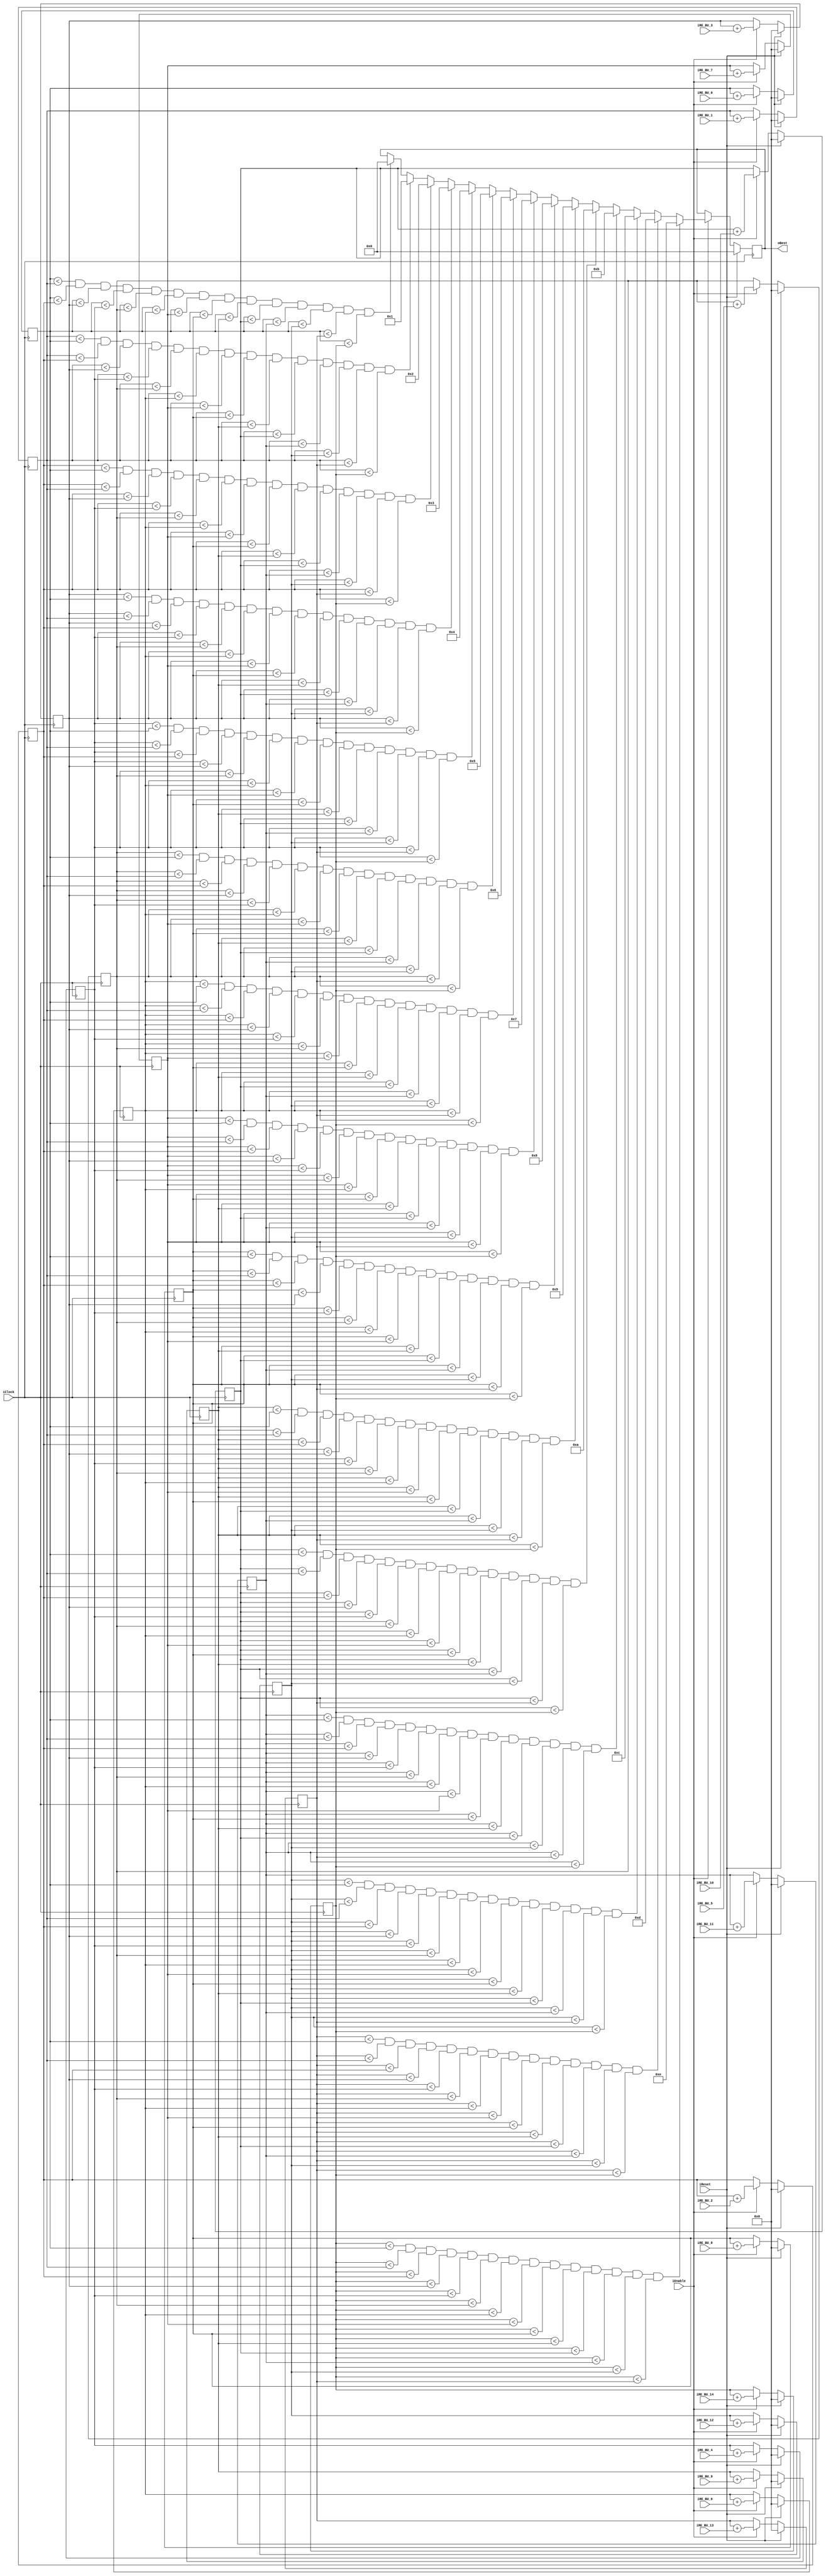
module ChooseBestRice (
    input wire iClock,
    input wire iEnable, 
    input wire iReset, 

    input wire signed [16:0] iRE_BU_0,
    input wire signed [16:0] iRE_BU_1,
    input wire signed [16:0] iRE_BU_2,
    input wire signed [16:0] iRE_BU_3,
    input wire signed [16:0] iRE_BU_4,
    input wire signed [16:0] iRE_BU_5,
    input wire signed [16:0] iRE_BU_6,
    input wire signed [16:0] iRE_BU_7,
    input wire signed [16:0] iRE_BU_8,
    input wire signed [16:0] iRE_BU_9,
    input wire signed [16:0] iRE_BU_10,
    input wire signed [16:0] iRE_BU_11,
    input wire signed [16:0] iRE_BU_12,
    input wire signed [16:0] iRE_BU_13,
    input wire signed [16:0] iRE_BU_14,
    output wire [3:0] oBest
    );

reg [3:0] best;
assign oBest = best;
reg [27:0] Total_BU_0;
reg [27:0] Total_BU_1;
reg [27:0] Total_BU_2;
reg [27:0] Total_BU_3;
reg [27:0] Total_BU_4;
reg [27:0] Total_BU_5;
reg [27:0] Total_BU_6;
reg [27:0] Total_BU_7;
reg [27:0] Total_BU_8;
reg [27:0] Total_BU_9;
reg [27:0] Total_BU_10;
reg [27:0] Total_BU_11;
reg [27:0] Total_BU_12;
reg [27:0] Total_BU_13;
reg [27:0] Total_BU_14;


always @(posedge iClock) begin
    if (iReset) begin
        best <= 0;

        Total_BU_0 <= 0;
        Total_BU_1 <= 0;
        Total_BU_2 <= 0;
        Total_BU_3 <= 0;
        Total_BU_4 <= 0;
        Total_BU_5 <= 0;
        Total_BU_6 <= 0;
        Total_BU_7 <= 0;
        Total_BU_8 <= 0;
        Total_BU_9 <= 0;
        Total_BU_10 <= 0;
        Total_BU_11 <= 0;
        Total_BU_12 <= 0;
        Total_BU_13 <= 0;
        Total_BU_14 <= 0;
   end else if (iEnable) begin
        Total_BU_0 <= Total_BU_0 + iRE_BU_0;
        Total_BU_1 <= Total_BU_1 + iRE_BU_1;
        Total_BU_2 <= Total_BU_2 + iRE_BU_2;
        Total_BU_3 <= Total_BU_3 + iRE_BU_3;
        Total_BU_4 <= Total_BU_4 + iRE_BU_4;
        Total_BU_5 <= Total_BU_5 + iRE_BU_5;
        Total_BU_6 <= Total_BU_6 + iRE_BU_6;
        Total_BU_7 <= Total_BU_7 + iRE_BU_7;
        Total_BU_8 <= Total_BU_8 + iRE_BU_8;
        Total_BU_9 <= Total_BU_9 + iRE_BU_9;
        Total_BU_10 <= Total_BU_10 + iRE_BU_10;
        Total_BU_11 <= Total_BU_11 + iRE_BU_11;
        Total_BU_12 <= Total_BU_12 + iRE_BU_12;
        Total_BU_13 <= Total_BU_13 + iRE_BU_13;
        Total_BU_14 <= Total_BU_14 + iRE_BU_14;

        /* Maybe optimize below into one comparator */

        if (
         Total_BU_0  <  Total_BU_1  &&
         Total_BU_0  <  Total_BU_2  &&
         Total_BU_0  <  Total_BU_3  &&
         Total_BU_0  <  Total_BU_4  &&
         Total_BU_0  <  Total_BU_5  &&
         Total_BU_0  <  Total_BU_6  &&
         Total_BU_0  <  Total_BU_7  &&
         Total_BU_0  <  Total_BU_8  &&
         Total_BU_0  <  Total_BU_9  &&
         Total_BU_0  <  Total_BU_10  &&
         Total_BU_0  <  Total_BU_11  &&
         Total_BU_0  <  Total_BU_12  &&
         Total_BU_0  <  Total_BU_13  &&
         Total_BU_0  <  Total_BU_14 ) best <= 4'd0;

        if (
         Total_BU_1  <  Total_BU_0  &&
         Total_BU_1  <  Total_BU_2  &&
         Total_BU_1  <  Total_BU_3  &&
         Total_BU_1  <  Total_BU_4  &&
         Total_BU_1  <  Total_BU_5  &&
         Total_BU_1  <  Total_BU_6  &&
         Total_BU_1  <  Total_BU_7  &&
         Total_BU_1  <  Total_BU_8  &&
         Total_BU_1  <  Total_BU_9  &&
         Total_BU_1  <  Total_BU_10  &&
         Total_BU_1  <  Total_BU_11  &&
         Total_BU_1  <  Total_BU_12  &&
         Total_BU_1  <  Total_BU_13  &&
         Total_BU_1  <  Total_BU_14 ) best <= 4'd1;

        if (
         Total_BU_2  <  Total_BU_0  &&
         Total_BU_2  <  Total_BU_1  &&
         Total_BU_2  <  Total_BU_3  &&
         Total_BU_2  <  Total_BU_4  &&
         Total_BU_2  <  Total_BU_5  &&
         Total_BU_2  <  Total_BU_6  &&
         Total_BU_2  <  Total_BU_7  &&
         Total_BU_2  <  Total_BU_8  &&
         Total_BU_2  <  Total_BU_9  &&
         Total_BU_2  <  Total_BU_10  &&
         Total_BU_2  <  Total_BU_11  &&
         Total_BU_2  <  Total_BU_12  &&
         Total_BU_2  <  Total_BU_13  &&
         Total_BU_2  <  Total_BU_14 ) best <= 4'd2;

        if (
         Total_BU_3  <  Total_BU_0  &&
         Total_BU_3  <  Total_BU_1  &&
         Total_BU_3  <  Total_BU_2  &&
         Total_BU_3  <  Total_BU_4  &&
         Total_BU_3  <  Total_BU_5  &&
         Total_BU_3  <  Total_BU_6  &&
         Total_BU_3  <  Total_BU_7  &&
         Total_BU_3  <  Total_BU_8  &&
         Total_BU_3  <  Total_BU_9  &&
         Total_BU_3  <  Total_BU_10  &&
         Total_BU_3  <  Total_BU_11  &&
         Total_BU_3  <  Total_BU_12  &&
         Total_BU_3  <  Total_BU_13  &&
         Total_BU_3  <  Total_BU_14 ) best <= 4'd3;

        if (
         Total_BU_4  <  Total_BU_0  &&
         Total_BU_4  <  Total_BU_1  &&
         Total_BU_4  <  Total_BU_2  &&
         Total_BU_4  <  Total_BU_3  &&
         Total_BU_4  <  Total_BU_5  &&
         Total_BU_4  <  Total_BU_6  &&
         Total_BU_4  <  Total_BU_7  &&
         Total_BU_4  <  Total_BU_8  &&
         Total_BU_4  <  Total_BU_9  &&
         Total_BU_4  <  Total_BU_10  &&
         Total_BU_4  <  Total_BU_11  &&
         Total_BU_4  <  Total_BU_12  &&
         Total_BU_4  <  Total_BU_13  &&
         Total_BU_4  <  Total_BU_14 ) best <= 4'd4;

        if (
         Total_BU_5  <  Total_BU_0  &&
         Total_BU_5  <  Total_BU_1  &&
         Total_BU_5  <  Total_BU_2  &&
         Total_BU_5  <  Total_BU_3  &&
         Total_BU_5  <  Total_BU_4  &&
         Total_BU_5  <  Total_BU_6  &&
         Total_BU_5  <  Total_BU_7  &&
         Total_BU_5  <  Total_BU_8  &&
         Total_BU_5  <  Total_BU_9  &&
         Total_BU_5  <  Total_BU_10  &&
         Total_BU_5  <  Total_BU_11  &&
         Total_BU_5  <  Total_BU_12  &&
         Total_BU_5  <  Total_BU_13  &&
         Total_BU_5  <  Total_BU_14 ) best <= 4'd5;

        if (
         Total_BU_6  <  Total_BU_0  &&
         Total_BU_6  <  Total_BU_1  &&
         Total_BU_6  <  Total_BU_2  &&
         Total_BU_6  <  Total_BU_3  &&
         Total_BU_6  <  Total_BU_4  &&
         Total_BU_6  <  Total_BU_5  &&
         Total_BU_6  <  Total_BU_7  &&
         Total_BU_6  <  Total_BU_8  &&
         Total_BU_6  <  Total_BU_9  &&
         Total_BU_6  <  Total_BU_10  &&
         Total_BU_6  <  Total_BU_11  &&
         Total_BU_6  <  Total_BU_12  &&
         Total_BU_6  <  Total_BU_13  &&
         Total_BU_6  <  Total_BU_14 ) best <= 4'd6;

        if (
         Total_BU_7  <  Total_BU_0  &&
         Total_BU_7  <  Total_BU_1  &&
         Total_BU_7  <  Total_BU_2  &&
         Total_BU_7  <  Total_BU_3  &&
         Total_BU_7  <  Total_BU_4  &&
         Total_BU_7  <  Total_BU_5  &&
         Total_BU_7  <  Total_BU_6  &&
         Total_BU_7  <  Total_BU_8  &&
         Total_BU_7  <  Total_BU_9  &&
         Total_BU_7  <  Total_BU_10  &&
         Total_BU_7  <  Total_BU_11  &&
         Total_BU_7  <  Total_BU_12  &&
         Total_BU_7  <  Total_BU_13  &&
         Total_BU_7  <  Total_BU_14 ) best <= 4'd7;

        if (
         Total_BU_8  <  Total_BU_0  &&
         Total_BU_8  <  Total_BU_1  &&
         Total_BU_8  <  Total_BU_2  &&
         Total_BU_8  <  Total_BU_3  &&
         Total_BU_8  <  Total_BU_4  &&
         Total_BU_8  <  Total_BU_5  &&
         Total_BU_8  <  Total_BU_6  &&
         Total_BU_8  <  Total_BU_7  &&
         Total_BU_8  <  Total_BU_9  &&
         Total_BU_8  <  Total_BU_10  &&
         Total_BU_8  <  Total_BU_11  &&
         Total_BU_8  <  Total_BU_12  &&
         Total_BU_8  <  Total_BU_13  &&
         Total_BU_8  <  Total_BU_14 ) best <= 4'd8;

        if (
         Total_BU_9  <  Total_BU_0  &&
         Total_BU_9  <  Total_BU_1  &&
         Total_BU_9  <  Total_BU_2  &&
         Total_BU_9  <  Total_BU_3  &&
         Total_BU_9  <  Total_BU_4  &&
         Total_BU_9  <  Total_BU_5  &&
         Total_BU_9  <  Total_BU_6  &&
         Total_BU_9  <  Total_BU_7  &&
         Total_BU_9  <  Total_BU_8  &&
         Total_BU_9  <  Total_BU_10  &&
         Total_BU_9  <  Total_BU_11  &&
         Total_BU_9  <  Total_BU_12  &&
         Total_BU_9  <  Total_BU_13  &&
         Total_BU_9  <  Total_BU_14 ) best <= 4'd9;

        if (
         Total_BU_10  <  Total_BU_0  &&
         Total_BU_10  <  Total_BU_1  &&
         Total_BU_10  <  Total_BU_2  &&
         Total_BU_10  <  Total_BU_3  &&
         Total_BU_10  <  Total_BU_4  &&
         Total_BU_10  <  Total_BU_5  &&
         Total_BU_10  <  Total_BU_6  &&
         Total_BU_10  <  Total_BU_7  &&
         Total_BU_10  <  Total_BU_8  &&
         Total_BU_10  <  Total_BU_9  &&
         Total_BU_10  <  Total_BU_11  &&
         Total_BU_10  <  Total_BU_12  &&
         Total_BU_10  <  Total_BU_13  &&
         Total_BU_10  <  Total_BU_14 ) best <= 4'd10;

        if (
         Total_BU_11  <  Total_BU_0  &&
         Total_BU_11  <  Total_BU_1  &&
         Total_BU_11  <  Total_BU_2  &&
         Total_BU_11  <  Total_BU_3  &&
         Total_BU_11  <  Total_BU_4  &&
         Total_BU_11  <  Total_BU_5  &&
         Total_BU_11  <  Total_BU_6  &&
         Total_BU_11  <  Total_BU_7  &&
         Total_BU_11  <  Total_BU_8  &&
         Total_BU_11  <  Total_BU_9  &&
         Total_BU_11  <  Total_BU_10  &&
         Total_BU_11  <  Total_BU_12  &&
         Total_BU_11  <  Total_BU_13  &&
         Total_BU_11  <  Total_BU_14 ) best <= 4'd11;

        if (
         Total_BU_12  <  Total_BU_0  &&
         Total_BU_12  <  Total_BU_1  &&
         Total_BU_12  <  Total_BU_2  &&
         Total_BU_12  <  Total_BU_3  &&
         Total_BU_12  <  Total_BU_4  &&
         Total_BU_12  <  Total_BU_5  &&
         Total_BU_12  <  Total_BU_6  &&
         Total_BU_12  <  Total_BU_7  &&
         Total_BU_12  <  Total_BU_8  &&
         Total_BU_12  <  Total_BU_9  &&
         Total_BU_12  <  Total_BU_10  &&
         Total_BU_12  <  Total_BU_11  &&
         Total_BU_12  <  Total_BU_13  &&
         Total_BU_12  <  Total_BU_14 ) best <= 4'd12;

        if (
         Total_BU_13  <  Total_BU_0  &&
         Total_BU_13  <  Total_BU_1  &&
         Total_BU_13  <  Total_BU_2  &&
         Total_BU_13  <  Total_BU_3  &&
         Total_BU_13  <  Total_BU_4  &&
         Total_BU_13  <  Total_BU_5  &&
         Total_BU_13  <  Total_BU_6  &&
         Total_BU_13  <  Total_BU_7  &&
         Total_BU_13  <  Total_BU_8  &&
         Total_BU_13  <  Total_BU_9  &&
         Total_BU_13  <  Total_BU_10  &&
         Total_BU_13  <  Total_BU_11  &&
         Total_BU_13  <  Total_BU_12  &&
         Total_BU_13  <  Total_BU_14 ) best <= 4'd13;

        if (
         Total_BU_14  <  Total_BU_0  &&
         Total_BU_14  <  Total_BU_1  &&
         Total_BU_14  <  Total_BU_2  &&
         Total_BU_14  <  Total_BU_3  &&
         Total_BU_14  <  Total_BU_4  &&
         Total_BU_14  <  Total_BU_5  &&
         Total_BU_14  <  Total_BU_6  &&
         Total_BU_14  <  Total_BU_7  &&
         Total_BU_14  <  Total_BU_8  &&
         Total_BU_14  <  Total_BU_9  &&
         Total_BU_14  <  Total_BU_10  &&
         Total_BU_14  <  Total_BU_11  &&
         Total_BU_14  <  Total_BU_12  &&
         Total_BU_14  <  Total_BU_13 ) best <= 4'd14;

    end
end
endmodule